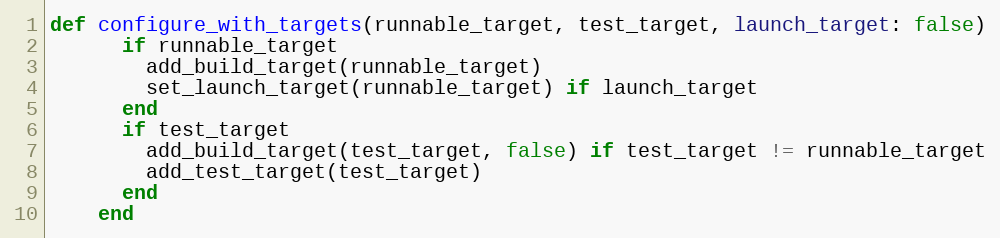
Language: Ruby
def configure_with_targets(runnable_target, test_target, launch_target: false)
      if runnable_target
        add_build_target(runnable_target)
        set_launch_target(runnable_target) if launch_target
      end
      if test_target
        add_build_target(test_target, false) if test_target != runnable_target
        add_test_target(test_target)
      end
    end